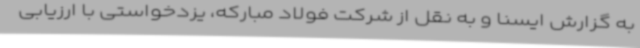
به گزارش ایسنا و به نقل از شرکت فولاد مبارکه، یزدخواستی با ارزیابی